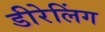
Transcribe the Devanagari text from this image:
डीरेलिंग